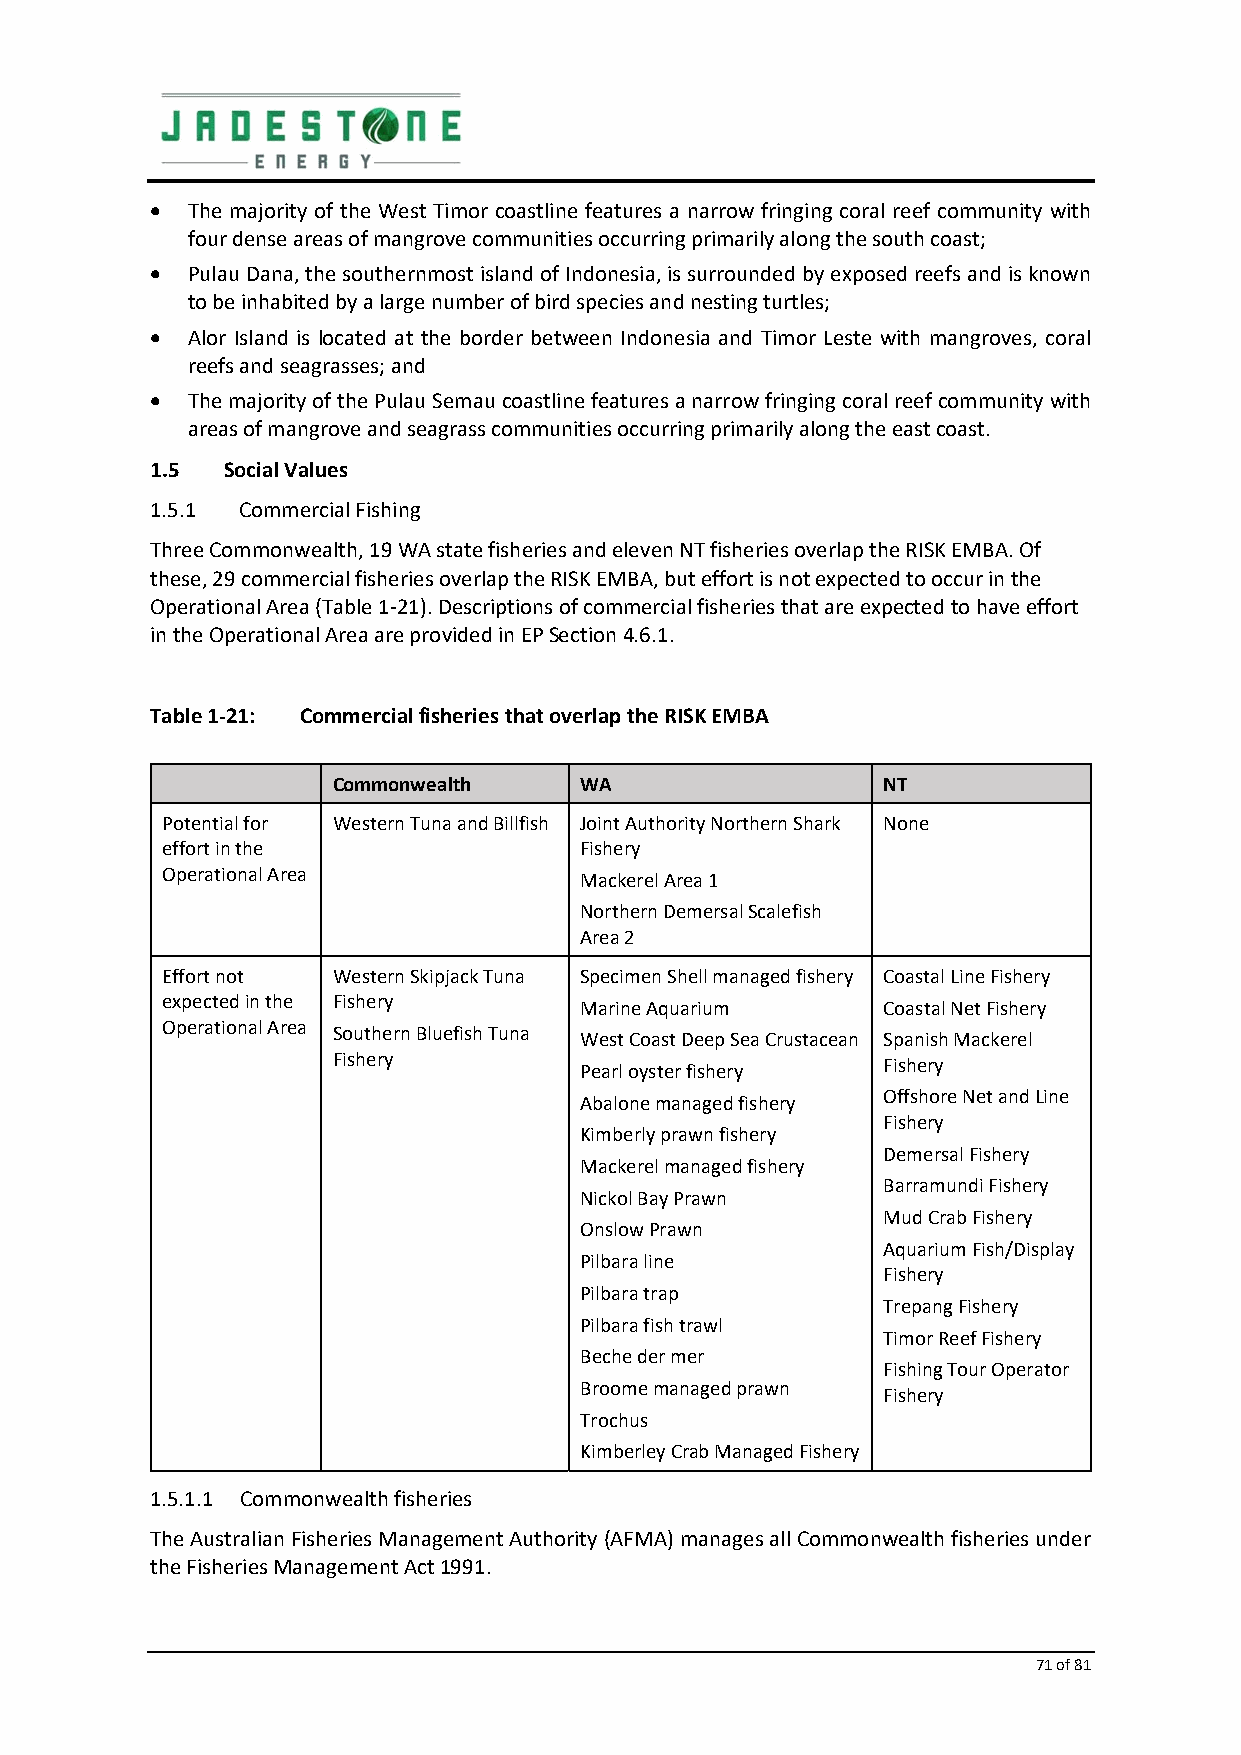
 The majority of the West Timor coastline features a narrow fringing coral reef community with
 four dense areas of mangrove communities occurring primarily along the south coast;
  Pulau Dana, the southernmost island of Indonesia, is surrounded by exposed reefs and is known
 to be inhabited by a large number of bird species and nesting turtles;
  Alor Island is located at the border between Indonesia and Timor Leste with mangroves, coral
 reefs and seagrasses; and
  The majority of the Pulau Semau coastline features a narrow fringing coral reef community with
 areas of mangrove and seagrass communities occurring primarily along the east coast.
 1.5  Social Values
 1.5.1 Commercial Fishing
 Three Commonwealth, 19 WA state fisheries and eleven NT fisheries overlap the RISK EMBA. Of
 these, 29 commercial fisheries overlap the RISK EMBA, but effort is not expected to occur in the
 Operational Area (Table 1‐21). Descriptions of commercial fisheries that are expected to have effort
 in the Operational Area are provided in EP Section 4.6.1.
 Table 1‐21: Commercial fisheries that overlap the RISK EMBA
 Commonwealth    WA                  NT
 Potential for Western Tuna and Billfish Joint Authority Northern Shark None
 effort in the              Fishery
 Operational Area           Mackerel Area 1
 Northern Demersal Scalefish
 Area 2
 Effort not Western Skipjack Tuna Specimen Shell managed fishery Coastal Line Fishery
 expected in the Fishery
 Marine Aquarium     Coastal Net Fishery
 Operational Area Southern Bluefish Tuna
 West Coast Deep Sea Crustacean Spanish Mackerel
 Fishery
 Fishery
 Pearl oyster fishery
 Offshore Net and Line
 Abalone managed fishery
 Fishery
 Kimberly prawn fishery
 Demersal Fishery
 Mackerel managed fishery
 Barramundi Fishery
 Nickol Bay Prawn
 Mud Crab Fishery
 Onslow Prawn
 Aquarium Fish/Display
 Pilbara line
 Fishery
 Pilbara trap
 Trepang Fishery
 Pilbara fish trawl
 Timor Reef Fishery
 Beche der mer
 Fishing Tour Operator
 Broome managed prawn
 Fishery
 Trochus
 Kimberley Crab Managed Fishery
 1.5.1.1 Commonwealth fisheries
 The Australian Fisheries Management Authority (AFMA) manages all Commonwealth fisheries under
 the Fisheries Management Act 1991.
 71 of 81